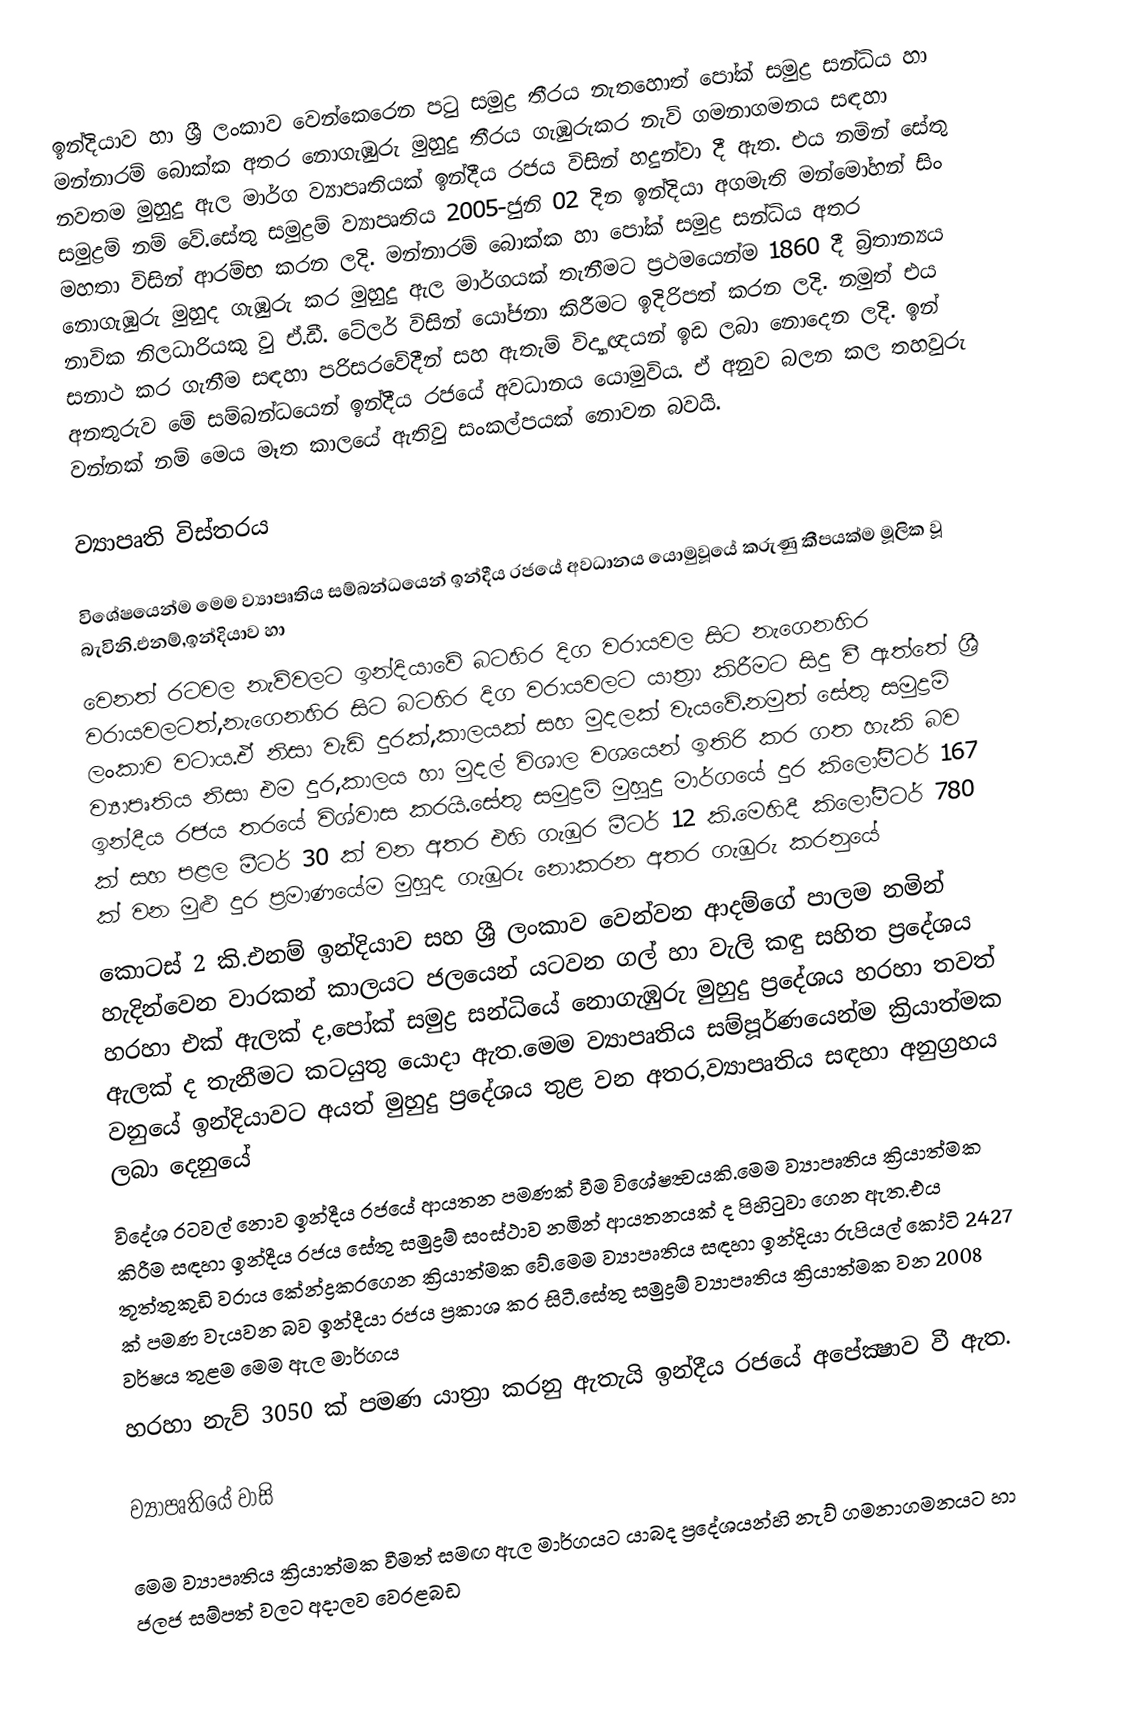
ඉන්දියාව හා ශ්‍රී ලංකාව වෙන්කෙරෙන පටු සමුද්‍ර තීරය නැතහොත් පෝක් සමුද්‍ර සන්ධිය හා මන්නාරම් බොක්ක අතර නොගැඹුරු මුහුදු තීරය ගැඹුරුකර නැව් ගමනාගමනය සඳහා නවතම මුහුදු ඇල මාර්ග ව්‍යාපෘතියක් ඉන්දීය රජය විසින් හදුන්වා දී ඇත. එය නමින් සේතු සමුද්‍රම් නම් වේ.සේතු සමුද්‍රම් ව්‍යාපෘතිය 2005-ජුනි 02 දින ඉන්දියා අගමැති මන්මෝහන් සිං මහතා විසින් ආරම්භ කරන ලදි. මන්නාරම් බොක්ක හා පෝක් සමුද්‍ර සන්ධිය අතර නොගැඹුරු මුහුද ගැඹුරු කර මුහුදු ඇල මාර්ගයක් තැනීමට ප්‍රථමයෙන්ම 1860 දී බ්‍රිතාන්‍යය නාවික නිලධාරියකු වු ඒ.ඩී. ටේලර් විසින් යෝජනා කිරීමට ඉදිරිපත් කරන ලදි. නමුත් එය සනාථ කර ගැනීම සඳහා පරිසරවේදීන් සහ ඇතැම් විද්‍යාඥයන් ඉඩ ලබා නොදෙන ලදි. ඉන් අනතුරුව මේ සම්බන්ධයෙන් ඉන්දීය රජයේ අවධානය යොමුවිය. ඒ අනුව බලන කල තහවුරු වන්නක් නම් මෙය මෑත කාලයේ ඇතිවු සංකල්පයක් නොවන බවයි.

ව්‍යාපෘති විස්තරය

විශේෂයෙන්ම මෙම ව්‍යාපෘතිය    සම්බන්ධයෙන් ඉන්දීය රජයේ අවධානය යොමුවූයේ කරුණු කීපයක්ම මූලික වූ බැවිනි.එනම්,ඉන්දියාව හා
වෙනත් රටවල නැව්වලට ඉන්දියාවේ බටහිර දිග වරායවල සිට නැගෙනහිර වරායවලටත්,නැගෙනහිර සිට    බටහිර දිග වරායවලට යාත්‍රා කිරීමට සිදු වී ඇත්තේ ශ්‍රී ලංකාව වටාය.ඒ නිසා වැඩි දුරක්,කාලයක් සහ මුදලක්    වැයවේ.නමුත් සේතු සමුද්‍රම් ව්‍යාපෘතිය නිසා එම දුර,කාලය හා මුදල් විශාල වශයෙන් ඉතිරි කර ගත හැකි බව    ඉන්දීය රජය තරයේ විශ්වාස කරයි.සේතු සමුද්‍රම් මුහුදු මාර්ගයේ දුර කිලෝමීටර් 167 ක් සහ පළල මීටර් 30 ක් වන අතර එහි ගැඹුර මීටර්  12 කි.මෙහිදී කිලෝමීටර් 780 ක් වන මුළු දුර ප්‍රමාණයේම මුහුද ගැඹුරු නොකරන අතර ගැඹුරු කරනුයේ
කොටස් 2 කි.එනම් ඉන්දියාව සහ ශ්‍රී ලංකාව වෙන්වන ආදම්ගේ පාලම නමින් හැදින්වෙන වාරකන් කාලයට   ජලයෙන් යටවන ගල් හා වැලි කඳු සහිත ප්‍රදේශය හරහා එක් ඇලක් ද,පෝක් සමුද්‍ර සන්ධියේ නොගැඹුරු   මුහුදු ප්‍රදේශය හරහා තවත් ඇලක් ද තැනීමට කටයුතු යොදා ඇත.මෙම ව්‍යාපෘතිය සම්පූර්ණයෙන්ම  ක්‍රියාත්මක වනුයේ ඉන්දියාවට අයත් මුහුදු ප්‍රදේශය තුළ වන අතර,ව්‍යාපෘතිය සඳහා අනුග්‍රහය ලබා දෙනුයේ
විදේශ රටවල් නොව ඉන්දීය රජයේ ආයතන පමණක් වීම විශේෂත්‍වයකි.මෙම ව්‍යාපෘතිය ක්‍රියාත්මක කිරීම සඳහා ඉන්දීය රජය සේතු සමුද්‍රම් සංස්ථාව නමින් ආයතනයක් ද පිහිටුවා ගෙන ඇත.එය තූත්තුකුඩි වරාය කේන්ද්‍රකරගෙන ක්‍රියාත්මක වේ.මෙම ව්‍යාපෘතිය සඳහා ඉන්දියා රුපියල් කෝටි 2427 ක් පමණ වැයවන බව ඉන්දීයා රජය ප්‍රකාශ කර සිටී.සේතු සමුද්‍රම් ව්‍යාපෘතිය ක්‍රියාත්මක වන 2008 වර්ෂය තුළම මෙම ඇල මාර්ගය
හරහා නැව් 3050 ක් පමණ යාත්‍රා කරනු ඇතැයි ඉන්දීය රජයේ අපේක්‍ෂාව වී ඇත.

ව්‍යාපෘතියේ  වාසි

මෙම ව්‍යාපෘතිය ක්‍රියාත්මක වීමත් සමඟ ඇල මාර්ගයට යාබද ප්‍රදේශයන්හි නැව් ගමනාගමනයට හා ජලජ සම්පත් වලට අදාලව වෙරළබඩ